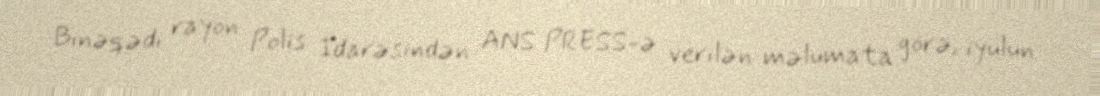
Binəqədi rayon Polis İdarəsindən ANS PRESS-ə verilən məlumata görə, iyulun